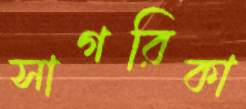
সাগরিকা